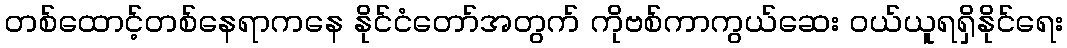
တစ်ထောင့်တစ်နေရာကနေ နိုင်ငံတော်အတွက် ကိုဗစ်ကာကွယ်ဆေး ဝယ်ယူရရှိနိုင်ရေး